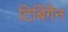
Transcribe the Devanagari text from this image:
टिबिंगैन